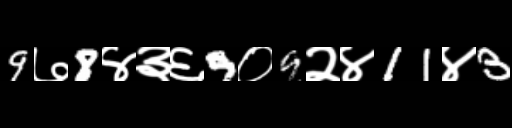
Text: 9७8४३६9०9२४11४3